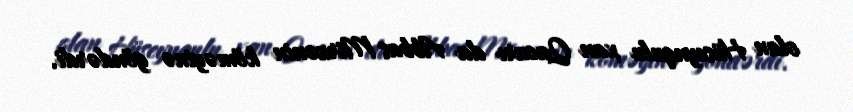
olan Hüseynqulu xan Qacarı da Abbas Mirzənin köməyinə göndərdi.